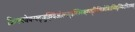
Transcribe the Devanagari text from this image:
क्रिफ्फ्वेक्न्फ्द्जुह्ग्विओल्स्ग्र्म्३फ्ज्निफ्ह्ग्फ्ह्सित्मिज्धेसिउथ्मिदुग्भ्फिउघिउफ्व्न्य्